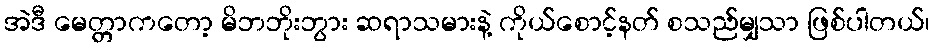
အဲဒီ မေတ္တာကတော့ မိဘဘိုးဘွား ဆရာသမားနဲ့ ကိုယ်စောင့်နတ် စသည်မျှသာ ဖြစ်ပါတယ်၊